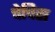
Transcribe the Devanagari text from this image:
चेचिस